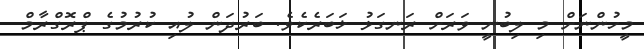
މީހުންނަށް މި ލިބުނީ ވަރަށް ރަނގަޅު ޚަބަރެކެވެ. ބަރުދަން ލުއި ކުރުމުގެ ޕްރޮގްރާމް